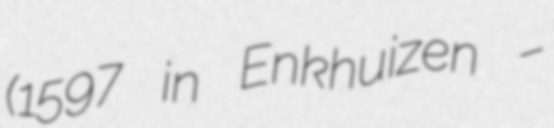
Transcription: (1597 in Enkhuizen –